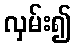
လှမ်း၍